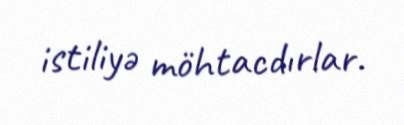
istiliyə möhtacdırlar.